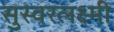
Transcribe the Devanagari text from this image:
सुस्वरलक्ष्मी